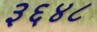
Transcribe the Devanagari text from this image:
३६४८